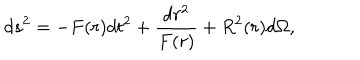
d s ^ { 2 } = - F ( r ) d t ^ { 2 } + { \frac { d r ^ { 2 } } { F ( r ) } } + R ^ { 2 } ( r ) d \Omega ,